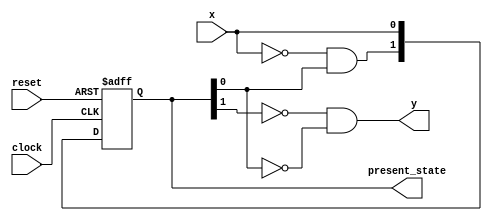
// Zero detector module
//
module zero_detector (
output [1:0] present_state,
output y,
input x,
input clock,
input reset
);

reg [1:0] state;
reg [1:0] next;


always @(*)
begin
    next[1] = ~x & state[0];
    next[0] = x;
end

always @(posedge clock or negedge reset)
begin
    if(!reset)
        state <= 2'b01;
    else 
        state <= next;
end

assign y = ~state[1] & ~state[0];
assign present_state = state;

endmodule

module TOP;
wire [1:0] p_state;
wire y_out;
reg x_in;
reg CLOCK;
reg t_reset;
// create instance of zero_detector
zero_detector Z1(p_state,y_out,x_in,CLOCK,t_reset);
// simulate for 200 time units
initial #200 $finish;
// create reset signal
initial
begin
t_reset = 0;
#3 t_reset = 1;
end
// create clock signal
initial
begin
CLOCK = 0;
repeat (40)
#5 CLOCK = ~CLOCK; // at every 5 time units
end
// create input signal
initial
begin
x_in = 0; #12 x_in = 1;
repeat (8)
#20 x_in = ~x_in;
end
// create dumpfile to view waveforms
initial
begin
$dumpfile("hw_dump.vcd");
$dumpvars;
end
endmodule